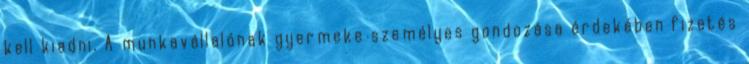
kell kiadni. A munkavállalónak gyermeke személyes gondozása érdekében fizetés